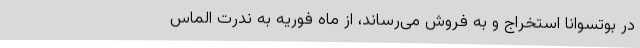
در بوتسوانا استخراج و به فروش می‌رساند، از ماه فوریه به ندرت الماس